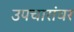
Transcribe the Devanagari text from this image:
उपचारांवर